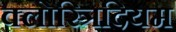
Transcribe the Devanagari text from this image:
क्लोस्त्रिदियम